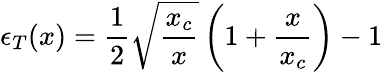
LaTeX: \epsilon_{T}(x)=\frac{1}{2}\sqrt{\frac{x_{c}}{x}}\left(1+\frac{x}{x_{c}}\right)-1